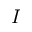
I